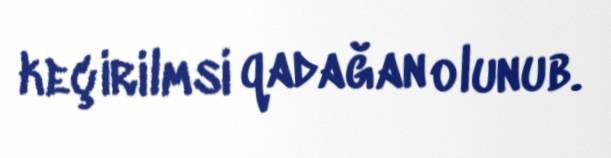
keçirilmsi qadağan olunub.